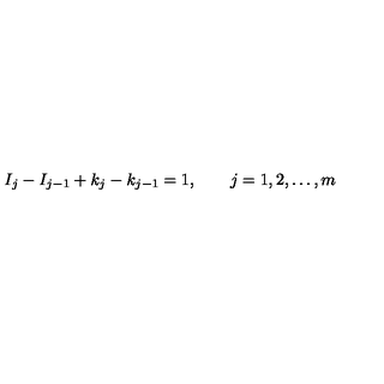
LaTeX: I _ { j } - I _ { j - 1 } + k _ { j } - k _ { j - 1 } = 1 , \qquad j = 1 , 2 , \ldots , m